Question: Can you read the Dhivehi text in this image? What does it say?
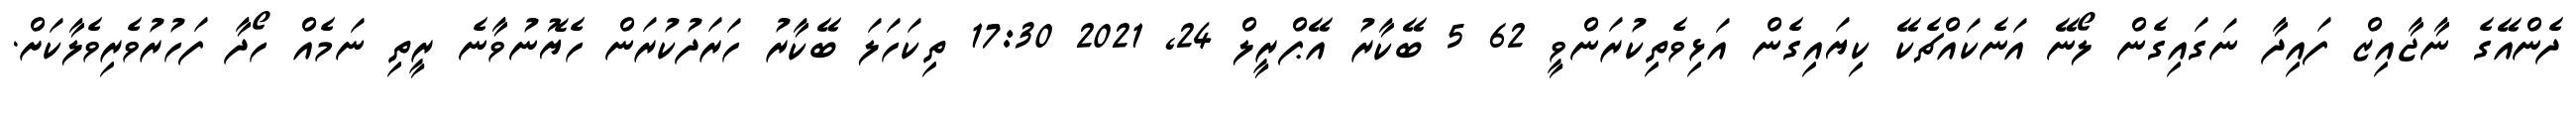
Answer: ދެންއޭގެ ނާޖާއިޒް ފައިދާ ނަގައިގެން ލޯނޭ އަނެކައްޗެކޭ ކިޔައިގެން އަޅިވެތިކުރަންވީ 62 5 ބޭކާރު އޭޕްރީލް 24, 2021 17:30 ތިކަހަލަ ބޭކާރު ހަރަދުކުރަން ހެޔޮނުވާނެ ރީތި ނަމެއް ހޯދާ ފަހުރުވެރިވެލާކަށް.